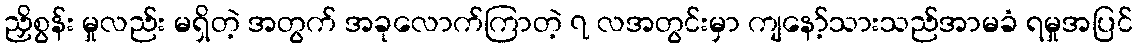
ညှိစွန်း မှုလည်း မရှိတဲ့ အတွက် အခုလောက်ကြာတဲ့ ၇ လအတွင်းမှာ ကျနော့်သားသည်အာမခံ ရမှုအပြင်